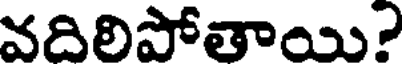
వదిలిపోతాయి?